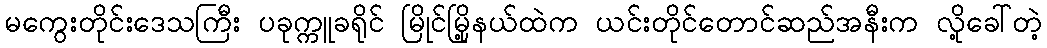
မကွေးတိုင်းဒေသကြီး ပခုက္ကူခရိုင် မြိုင်မြို့နယ်ထဲက ယင်းတိုင်တောင်ဆည်အနီးက လို့ခေါ်တဲ့